Annual administration report of the Civil Veterinary Department of India - 1897-1898
Year: 1897
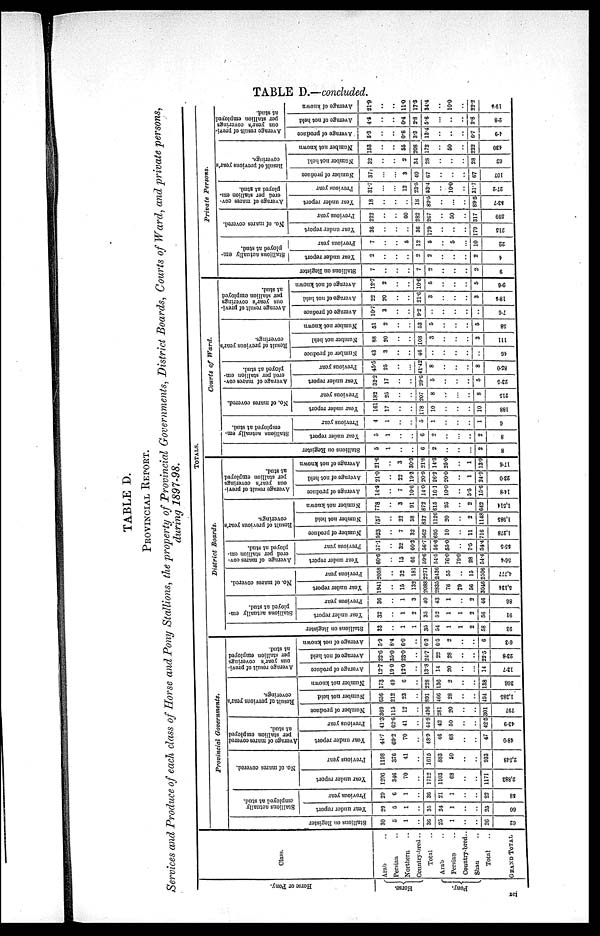
TABLE D.—concluded.
TABLE D.
PROVINCIAL REPORT.
Services and Produce of each class of Horse and Pony Stallions, the property of Provincial Governments, District Boards, Courts of Ward, and private persons,
during 1897-98.
Horse or Pony.
Horse.
Pony.
Class.
Arab ..
Persian ..
Northern ..
Country-bred ..
Total ..
Arab ..
Persian ..
Country-bred ..
Shan ..
Total ..
GRAND TOTAL
TOTALS.
Provincial
Governments
Stallions on Register
30
5
1
..
36
25
1
..
..
26
62
Stallions actually
employed at stud.
Year under report
29
5
1
..
35
24
1
..
..
25
60
Previous year
29
6
1
..
36
21
1
..
..
22
58
No. of mares covered.
Year under report
1296
346
70
..
1712
1103
68
..
..
1171
2,883
Previous year
1198
376
41
..
1615
883
50
..
..
933
2,548
Average of mares covered
per stallion employed
at stud.
Year under report
44.7
69.2
70
..
48.9
46
68
..
..
47
48.0
Previous year
41.3
62.6
41
..
44.8
42
50
..
..
42.5
43.9
Number of produce
369
115
12
..
496
281
20
..
..
301
797
Result of previous year's
coverings.
Number not held
656
212
23
..
891
466
28
..
..
494
1,385
Number not known
173
49
6
..
228
136
2
..
..
138
366
Average result of previ-
ous year's coverings
per stallion employed
at stud.
Average of produce
12.7
19.0
12.0
..
13.8
14
..
..
...
14
13.7
Average of not held
22.6
35.0
23.0
..
24.7
22
28
..
..
22.5
23.8
Average of not known
5.9
8.4
6.0
..
6.3
6.5
2
..
..
6
6.3
District
Boards.
Stallions on Register
33
..
1
1
35
54
1
1
2
58
Stallions actually em-
ployed at stud.
Year under report
32
..
1
2
35
52
1
1
2
56
91
Previous year
36
..
1
3
40
43
1
..
2
46
86
No. of mares covered.
Year under report
1941
..
15
132
2088
2835
76
79
56
046
5,134
Previous year
2058
..
32
181
2271
2436
55
..
15
2506
4,777
Average of mares cov-
ered per stallion em-
ployed at stud.
Year under report
60.6
..
15
66
59.6
54.5
76.0
79.0
28
54.4
1
Previous year
57.1
..
32
60.3
56.7
56.6
55.0
..
7.5
54.4
55.5
Result of previous year's
coverings.
Number of produce
523
..
7
32
562
695
10
..
11
16
1,278
Number not held
757
..
22
58
837
1126
20
2
1148
1,985
Number not known
778
..
3
91
872
615
25
..
2
642
1,514
Average result of previ-
ous year's coverings
per stallion employed
at stud.
Average of produce
14.5
..
7
10.6
14.0
16.1
10.0
..
5.5
15.6
148
Average of not held
21.0
..
22
19.3
20.9
26.2
20.0
1
24.9
23.0
Average of not known
21.6
..
3
30.3
21.8
14.3
25.0
..
1
13.9
17.6
Courts of
Ward.
Stallions on Register
5
1
..
..
6
2
..
..
..
2
8
Stallions actually em-
employed at stud.
Year under report
5
1
..
..
6
2
..
..
..
2
8
Previous year
4
1
..
..
5
1
..
..
..
1
46
No. of mares covered.
Year under report
161
17
..
..
178
10
..
..
..
10
88
Previous year
182
25
..
207
8
..
..
..
8
215
Average of mares cov-
ered per stallion em-
ployed at stud.
Year under report
32.2
17
..
..
29.6
5
..
..
..
5
23.5
Previous year
45.5
25
..
..
41.42
8
..
..
..
8
86.0
Result of previous year's
coverings.
Number of produce
43
3
..
..
46
..
..
..
..
..
46
Number not held
88
20
..
..
108
3
..
..
..
3
111
Number not known
51
2
..
..
53
5
..
..
..
5
58
Average result of previ-
ous year's coverings
per stallion employed
at stud.
Average of produce
10.7
3
..
..
9.2
..
..
..
..
..
7.6
Average of not held
22
20
..
..
21.6
3
..
..
..
3
18.5
Average of not known
12.7
2
..
10.6
5
..
..
..
5
9.6
Priavte Persons.
Stallions on Register
7
..
..
7
2
..
..
..
2
9
Stallions actually em-
ployed at stud.
Year under report
2
..
..
2
2
..
..
..
2
4
Previous year
7
..
..
5
12
5
..
5
..
10
22
No. of mares covered.
Year under report
36
..
..
..
36
179
..
..
..
179
215
Previous year
222
..
..
60
282
267
..
50
..
317
599
Average of mares cov-
ered per stallion em.
ployed at stud.
Year under report
18
..
..
18
89.5
..
..
..
89.5
Previous year
31.7
..
..
12
23.5
53.4
..
10.0
..
31.7
27.2
Result of previous year's
coverings.
Number of produce
37
..
..
3
40
67
..
..
..
67
107
Number not held
32
..
..
2
34
28
..
..
..
28
62
Number not known
153
..
..
55
208
172
..
50
..
222
430
Average result of previ-
ous year's coverings
per stallion employed
at stud.
Average of produce
5.3
..
..
0.6
3.3
13.4
..
..
..
6.7
4.9
Average of not held
4.5
..
..
0.4
2.8
5.6
..
..
..
2.8
2.8
Average of known
21.9
..
..
11.0
17.3
34.4
..
10.0
..
22.2
19.5
xci